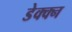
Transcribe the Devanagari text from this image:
डेक्क्न